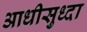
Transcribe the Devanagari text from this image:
आधीसुध्दा